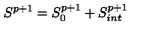
S ^ { p + 1 } = S _ { 0 } ^ { p + 1 } + S _ { i n t } ^ { p + 1 }